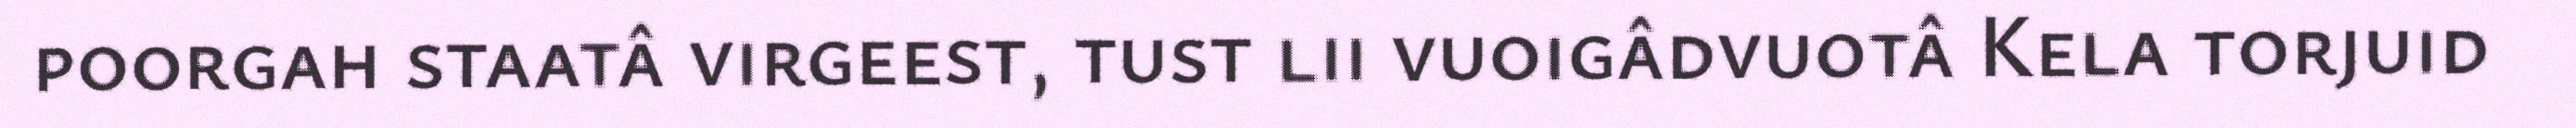
poorgah staatâ virgeest, tust lii vuoigâdvuotâ Kela torjuid